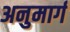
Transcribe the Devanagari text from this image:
अनुमार्ग